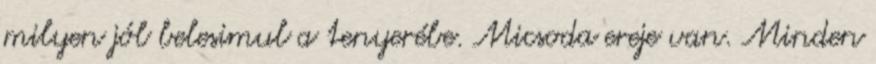
milyen jól belesimul a tenyerébe. Micsoda ereje van. Minden